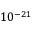
1 0 ^ { - 2 1 }